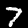
Label: 7